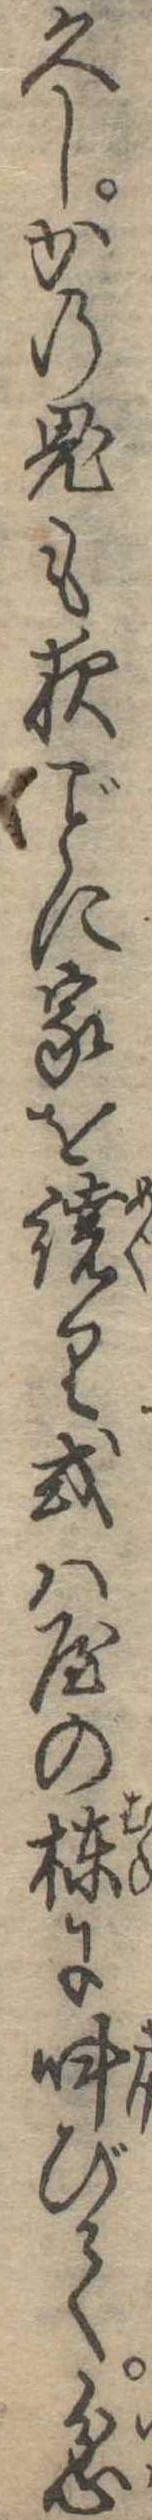
久しかの鬼も夜に家を繞り或は屋の棟に叫びて忿